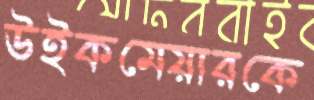
উইকমেয়ারকে